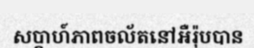
សប្តាហ៍ភាពចល័តនៅអឺរ៉ុបបាន